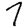
Digit: 7